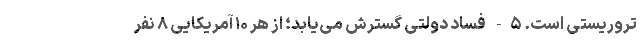
‌تروریستی است. ۵- فساد دولتی گسترش می‌یابد؛ از هر ۱۰ آمریکایی ۸ نفر